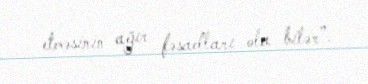
etməsinin ağır fəsadları ola bilər”.